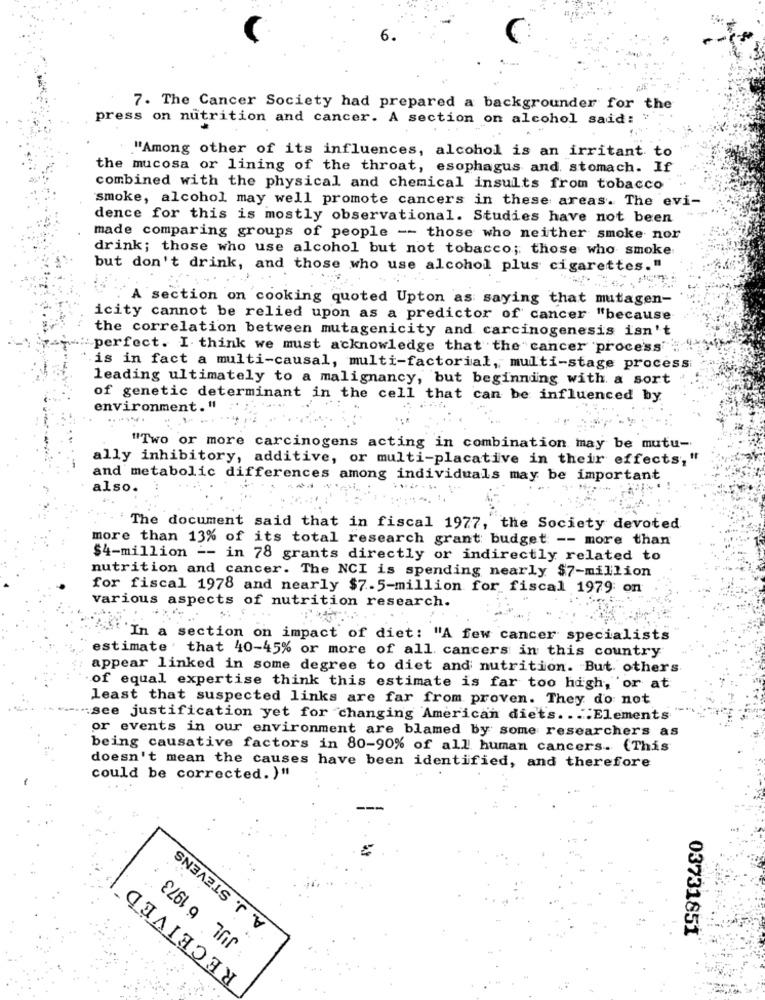
6.
7. The Cancer Society had prepared a backgrounder for the
press on nutrition and cancer. A section on alcohol said:
"Among other of its influences, alcohol is an irritant to
the mucosa or lining of the throat, esophagus and. stomach. If
combined with the physical and chemical insults from tobacco
smoke, alcohol may well promote cancers in these areas. The evi-
--
dence for this is mostly observational. Studies have not been
made comparing groups of people -- those who neither smoke nor
drink; those who use alcohol but not tobacco; those who smoke
but don't drink, and those who use alcohol plus cigarettes."
A section on cooking quoted Upton as saying that mutagen-
icity cannot be relied upon as a predictor of cancer "because
the correlation between mutagenicity and carcinogenesis isn't
:perfect. I think we must acknowledge that the cancer process""
is in fact a multi-causal, multi-factorial, multi-stage process
leading ultimately to a malignancy, but beginning with a sort
of genetic determinant in the cell that can be influenced by
environment."
"Two or more carcinogens acting in combination may be mutu-
ally inhibitory, additive, or multi-placative in their effects,"
and metabolic differences among individuals may be important
also.
........
The document said that in fiscal 1977, the Society devoted
more than 13% of its total research grant budget -- more than
$4-million -- in 78 grants directly or indirectly related to
nutrition and cancer. The NCI is spending nearly $7-million
for fiscal 1978 and nearly $7-5-million for fiscal 1979 on
Various aspects of nutrition research.
In a section on impact of diet: "A few cancer specialists
estimate' that 40-45% or more of all cancers in this country
appear linked in some degree to diet and nutrition. But others
of equal expertise think this estimate is far too high, or at
least that suspected links are far from proven. They do not
-see justification yet for changing American diets .. . "Elements
or events in our environment are blamed by some researchers as
being causative factors in 80-90% of all human cancers. (This
doesn't mean the causes have been identified, and therefore
could be corrected. )"
A. J. STEVENS
JUL 6 1973
RECEIVED
03731851